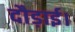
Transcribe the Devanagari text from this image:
दौड़ाई।